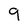
Character: 9